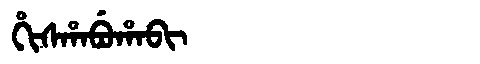
Manchu: ᡥᡳᠰᡥᠠᠪᡠᡥᠠᠪᡳ
Romanization: HISHABUHABI